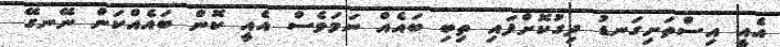
އެއީ އިސްތަށިގަނޑު ދިގުކޮށްފައި ތިބި ބައެއް ނަމަވެސް އެއީ ކޮން ބައެއްކަން ނޭނގޭ